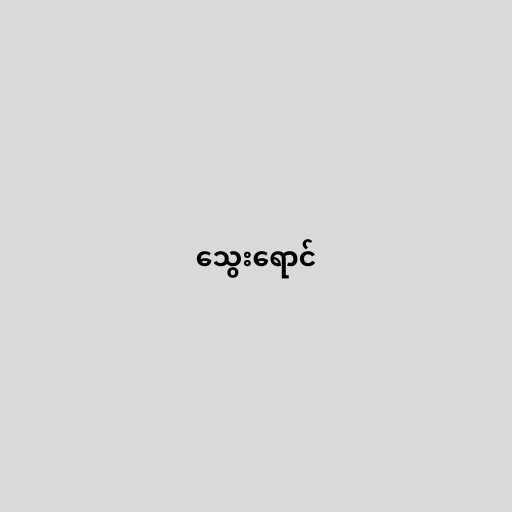
သွေးရောင်